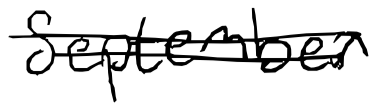
Text: September
Cross-out: double-line
Writing tool: digital_black